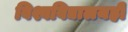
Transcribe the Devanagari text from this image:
विश्वविद्यालयही